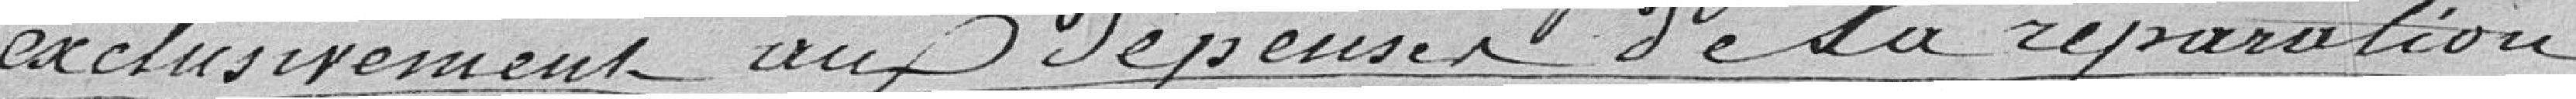
exclusivement aux dépenses de la réparation